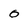
Character: 0